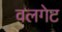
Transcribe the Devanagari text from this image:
वलगेट